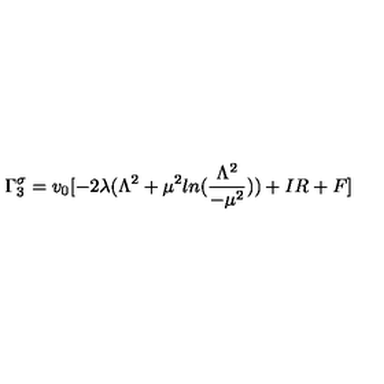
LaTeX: \Gamma _ { 3 } ^ { \sigma } = v _ { 0 } [ - 2 \lambda ( \Lambda ^ { 2 } + \mu ^ { 2 } l n ( \frac { \Lambda ^ { 2 } } { - \mu ^ { 2 } } ) ) + I R + F ]